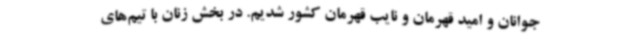
جوانان و امید قهرمان و نایب قهرمان کشور شدیم. در بخش زنان با تیم‌های